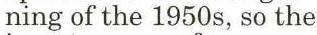
ning of the 1950s, so the